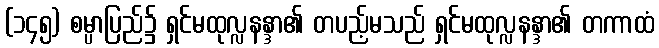
(၁၄၅) စမ္ပာပြည်၌ ရှင်မထုလ္လနန္ဒာ၏ တပည့်မသည် ရှင်မထုလ္လနန္ဒာ၏ တကာထံ